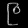
Digit: ၉